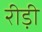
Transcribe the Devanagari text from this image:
रीड़ी